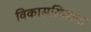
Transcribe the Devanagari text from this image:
विकाससिद्धान्त